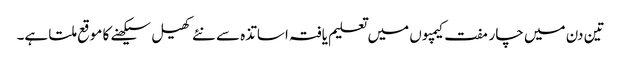
تین دن میں چار مفت کیمپوں میں تعلیم یافتہ اساتذہ سے نئے کھیل سیکھنے کا موقع ملتا ہے۔